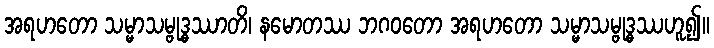
အရဟတော သမ္မာသမ္ဗုဒ္ဓဿာတိ၊ နမောတဿ ဘဂဝတော အရဟတော သမ္မာသမ္ဗုဒ္ဓဿဟူ၍။